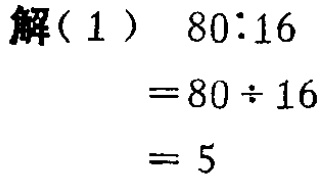
\frac{(a + 1)^2}{4a^2}>1